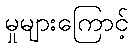
မှုများကြောင့်